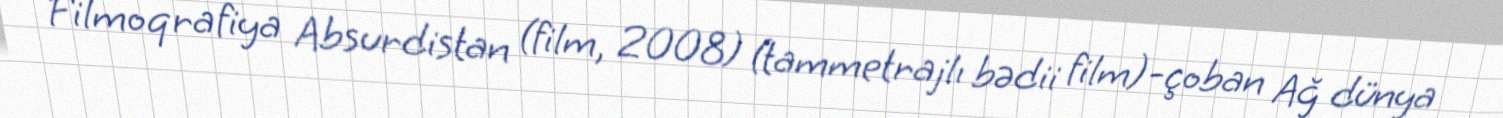
Filmoqrafiya Absurdistan (film, 2008) (tammetrajlı bədii film)-çoban Ağ dünya